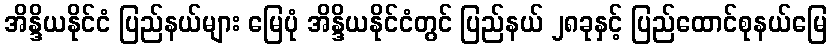
အိန္ဒိယနိုင်ငံ ပြည်နယ်များ မြေပုံ အိန္ဒိယနိုင်ငံတွင် ပြည်နယ် ၂၈ခုနှင့် ပြည်ထောင်စုနယ်မြေ